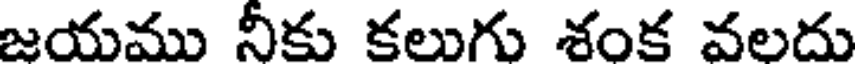
జయము నీకు కలుగు శంక వలదు